Annual statistical returns and brief notes on vaccination in Bengal - 1887-1898
Year: 1887
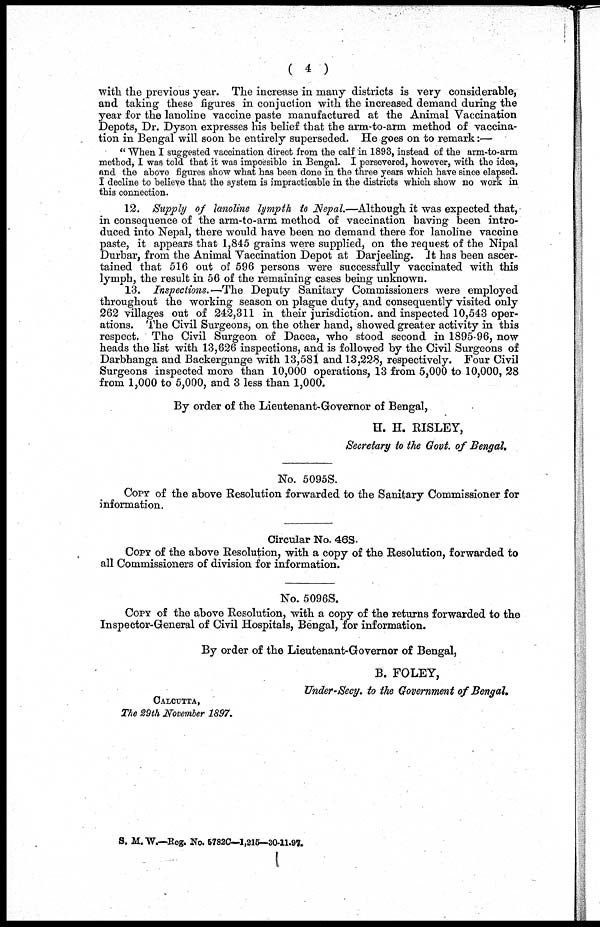
( 4 )
with the previous year. The increase in many districts is very considerable,
and taking these figures in conjuction with the increased demand during the
year for the lanoline vaccine paste manufactured at the Animal Vaccination
Depots, Dr. Dyson expresses his belief that the arm-to-arm method of vaccina-
tion in Bengal will soon be entirely superseded. He goes on to remark:—
" When I suggested vaccination direct from the calf in 1893, instead of the arm-to-arm
method, I was told that it was impossible in Bengal. I persevered, however, with the idea,
and the above figures show what has been done in the three years which have since elapsed.
I decline to believe that the system is impracticable in the districts which show no work in
this connection.
12. Supply of lanoline lympth to Nepal.—Although it was expected that,
in consequence of the arm-to-arm method of vaccination having been intro-
duced into Nepal, there would have been no demand there for lanoline vaccine
paste, it appears that 1,845 grains were supplied, on the request of the Nipal
Durbar, from the Animal Vaccination Depot at Darjeeling. It has been ascer-
tained that 516 out of 596 persons were successfully vaccinated with this
lymph, the result in 56 of the remaining cases being unknown.
13. Inspections.— The Deputy Sanitary Commissioners were employed
throughout the working season on plague duty, and consequently visited only
262 villages out of 242,311 in their jurisdiction and inspected 10,543 oper-
ations. The Civil Surgeons, on the other hand, showed greater activity in this
respect. The Civil Surgeon of Dacca, who stood second in 1895-96, now
heads the list with 13,626 inspections, and is followed by the Civil Surgeons of
Darbhanga and Backergunge with 13,581 and 13,228, respectively. Four Civil
Surgeons inspected more than 10,000 operations, 13 from 5,000 to 10,000, 28
from 1,000 to 5,000, and 3 less than 1,000.
By order of the Lieutenant-Governor of Bengal,
H. H. RISLEY,
Secretary to the Govt. of Bengal,
No. 5095S.
COPY of the above Resolution forwarded to the Sanitary Commissioner for
information.
Circular No. 46S.
Copy of the above Resolution, with a copy of the Resolution, forwarded to
all Commissioners of division for information.
No. 5096S.
Copy of the above Resolution, with a copy of the returns forwarded to the
Inspector-General of Civil Hospitals, Bengal, for information.
By order of the Lieutenant-Governor of Bengal,
B. FOLEY,
Under-Secy. to the Government of Bengal.
CALCUTTA,
The 29th November 1897.
S. M. W.—Reg. No. 5782C—1,215—30-11-97.